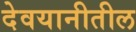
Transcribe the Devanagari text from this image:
देवयानीतील